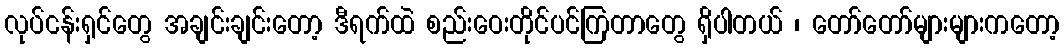
လုပ်ငန်းရှင်တွေ အချင်းချင်းတော့ ဒီရက်ထဲ စည်းဝေးတိုင်ပင်ကြတာတွေ ရှိပါတယ် ၊ တော်တော်များများကတော့